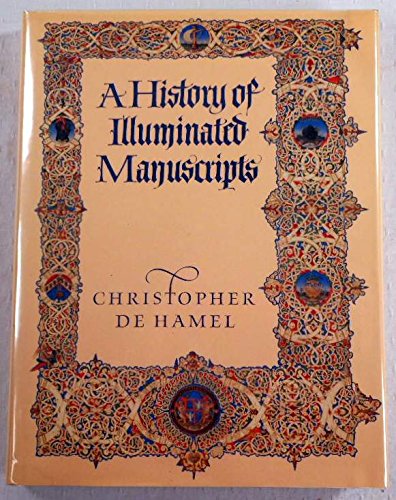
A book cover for A History of Illuminated Manuscripts; Christopher De Hamel; Arts & Photography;